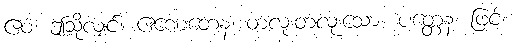
ဧဝံ၊ ဤသို့လျှင်။ ဧဏေတေန၊ တလုံးတလုံးသော။ ပတ္တေန၊ ဖြင့်။